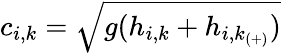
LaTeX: c_{i,k}=\sqrt{g(h_{i,k}+h_{i,k_{(+)}})}